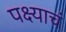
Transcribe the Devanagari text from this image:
पक्ष्याचं